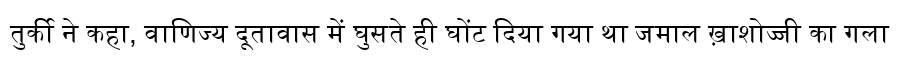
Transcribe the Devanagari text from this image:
तुर्की ने कहा, वाणिज्य दूतावास में घुसते ही घोंट दिया गया था जमाल ख़ाशोज्जी का गला